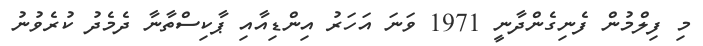
މި ފިލްމުން ފެނިގެންދާނީ 1971 ވަނަ އަހަރު އިންޑިއާއި ޕާކިސްތާނާ ދެމެދު ކުރެވުނު